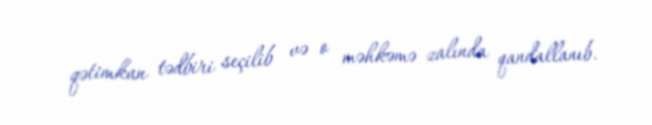
qətimkan tədbiri seçilib və o məhkəmə zalında qandallanıb.